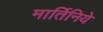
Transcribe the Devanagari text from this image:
मार्तिनिये